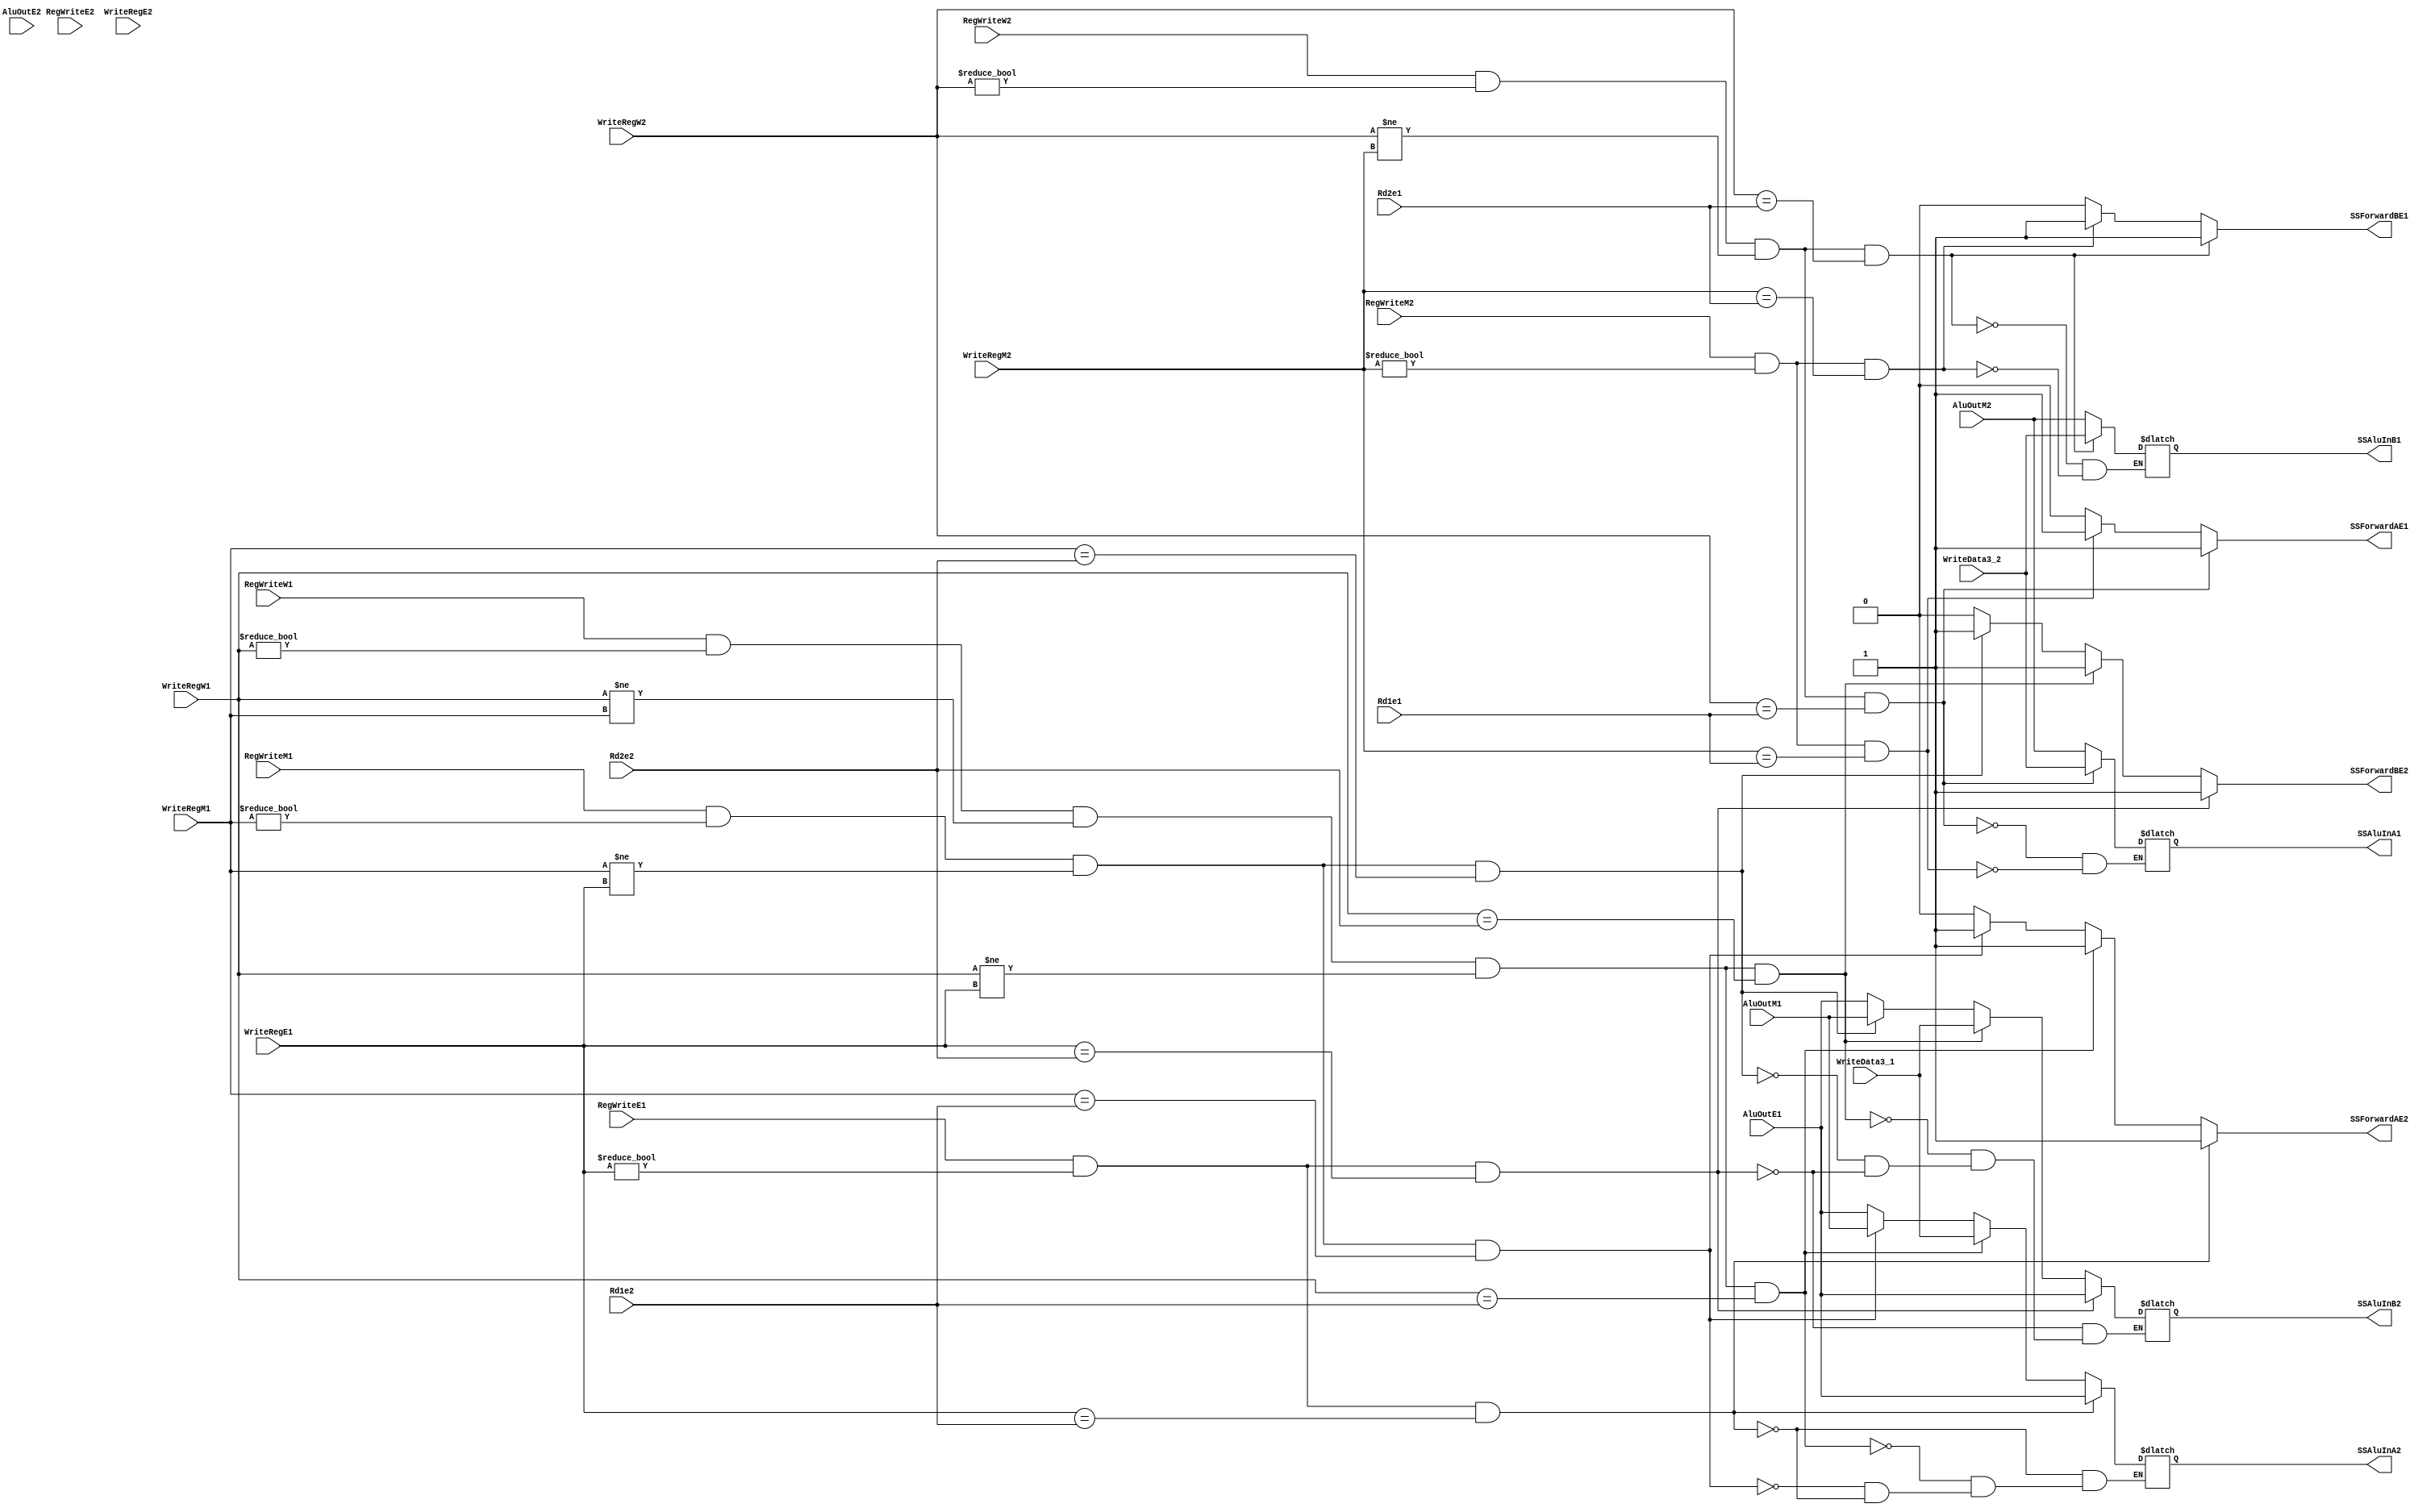
module ss_dataforward(	input [4:0] 	Rd1e1, Rd2e1, Rd1e2, Rd2e2,
						input			RegWriteE1, RegWriteM1, RegWriteW1,
										RegWriteE2, RegWriteM2, RegWriteW2,
						input [4:0] 	WriteRegE1, WriteRegM1, WriteRegW1,
										WriteRegE2, WriteRegM2, WriteRegW2,
						input [31:0]	AluOutE1, AluOutM1, WriteData3_1, 
										AluOutE2, AluOutM2, WriteData3_2,
						output reg		SSForwardAE1, SSForwardBE1,
										SSForwardAE2, SSForwardBE2,
						output reg [31:0]	SSAluInA1, SSAluInB1,
											SSAluInA2, SSAluInB2);

/* 	DATA FORWARDING FOR FORWARDING HAZARDS
	FORWARD ON THE FOLLOWING CASES:
		-REGS OF NEXT EXEC INSTR USES ANY REGS IN MEM STAGE
		-REGS OF NEXT EXEC NSTR USES ANY REGS IN WB STAGE */
	always@(*) begin
		//default case: direct values in muxes
		SSForwardAE1 <= 0; SSForwardBE1 <= 0;
		SSForwardAE2 <= 0; SSForwardBE2 <= 0;
		//GET REG VALUES FROM D1EX IF THEY ARE NEEDED IN D2EX
		if(	(RegWriteE1) && 
			(WriteRegE1 != 0) &&
			(WriteRegE1 == Rd1e2)) begin
			SSForwardAE2 <= 1;
			SSAluInA2 <= AluOutE1;
	end
		if(	(RegWriteE1) && 
			(WriteRegE1 != 0) &&
			(WriteRegE1 == Rd2e2)) begin
			SSForwardBE2 <= 1;
			SSAluInB2 <= AluOutE1;
	end


		//GET REG VALUES FROM D1MEM IF THEY ARE NEEDED IN D2EX
		if(	(RegWriteM1) && 
			(WriteRegM1 != 0) &&
			(WriteRegM1 != WriteRegE1) &&
			(WriteRegM1 == Rd1e2)) begin
			SSForwardAE2 <= 1;
			SSAluInA2 <= AluOutM1;
	end
		if(	(RegWriteM1) && 
			(WriteRegM1 != 0) &&
			(WriteRegM1 != WriteRegE1) &&			
			(WriteRegM1 == Rd2e2)) begin
			SSForwardBE2 <= 1;
			SSAluInB2 <= AluOutM1;
	end

		//GET REG VALUES FROM D1WB IF THEY ARE NEEDED IN D2EX
		if(	(RegWriteW1) && 
			(WriteRegW1 != 0) &&
			(WriteRegW1 != WriteRegM1) &&
			(WriteRegW1 != WriteRegE1) &&			
			(WriteRegW1 == Rd1e2)) begin
			SSForwardAE2 <= 1;
			SSAluInA2 <= WriteData3_1;

end
		if(	(RegWriteW1) && 
			(WriteRegW1 != 0) &&
			(WriteRegW1 != WriteRegM1) &&
			(WriteRegW1 != WriteRegE1) &&
			(WriteRegW1 == Rd2e2))	begin
			SSForwardBE2 <= 1;
			SSAluInB2 <= WriteData3_1;
		end

		if(	(RegWriteE1) && 
			(WriteRegE1 != 0) &&
			(WriteRegE1 == Rd1e2)) begin
			SSForwardAE2 <= 1;
			SSAluInA2 <= AluOutE1;
	end
		if(	(RegWriteE1) && 
			(WriteRegE1 != 0) &&
			(WriteRegE1 == Rd2e2)) begin
			SSForwardBE2 <= 1;
			SSAluInB2 <= AluOutE1;
	end

	//THIS IS FOR VICE VERSA DATA FORWARD FROM DP2 TO DP1
		//GET REG VALUES FROM D1MEM IF THEY ARE NEEDED IN D2EX
		if(	(RegWriteM2) && 
			(WriteRegM2 != 0) &&
			(WriteRegM2 == Rd1e1)) begin
			SSForwardAE1 <= 1;
			SSAluInA1 <= AluOutM2;
	end
		if(	(RegWriteM2) && 
			(WriteRegM2 != 0) &&
			(WriteRegM2 == Rd2e1)) begin
			SSForwardBE1 <= 1;
			SSAluInB1 <= AluOutM2;
	end

		//GET REG VALUES FROM D1WB IF THEY ARE NEEDED IN D2EX
		if(	(RegWriteW2) && 
			(WriteRegW2 != 0) &&
			(WriteRegW2 != WriteRegM2) &&			
			(WriteRegW2 == Rd1e1)) begin
			SSForwardAE1 <= 1;
			SSAluInA1 <= WriteData3_2;
	end
		if(	(RegWriteW2) && 
			(WriteRegW2 != 0) &&
			(WriteRegW2 != WriteRegM2) &&			
			(WriteRegW2 == Rd2e1)) begin
			SSForwardBE1 <= 1;
			SSAluInB1 <= WriteData3_2;
	end

	end
endmodule